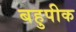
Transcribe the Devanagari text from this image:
बहुपीक